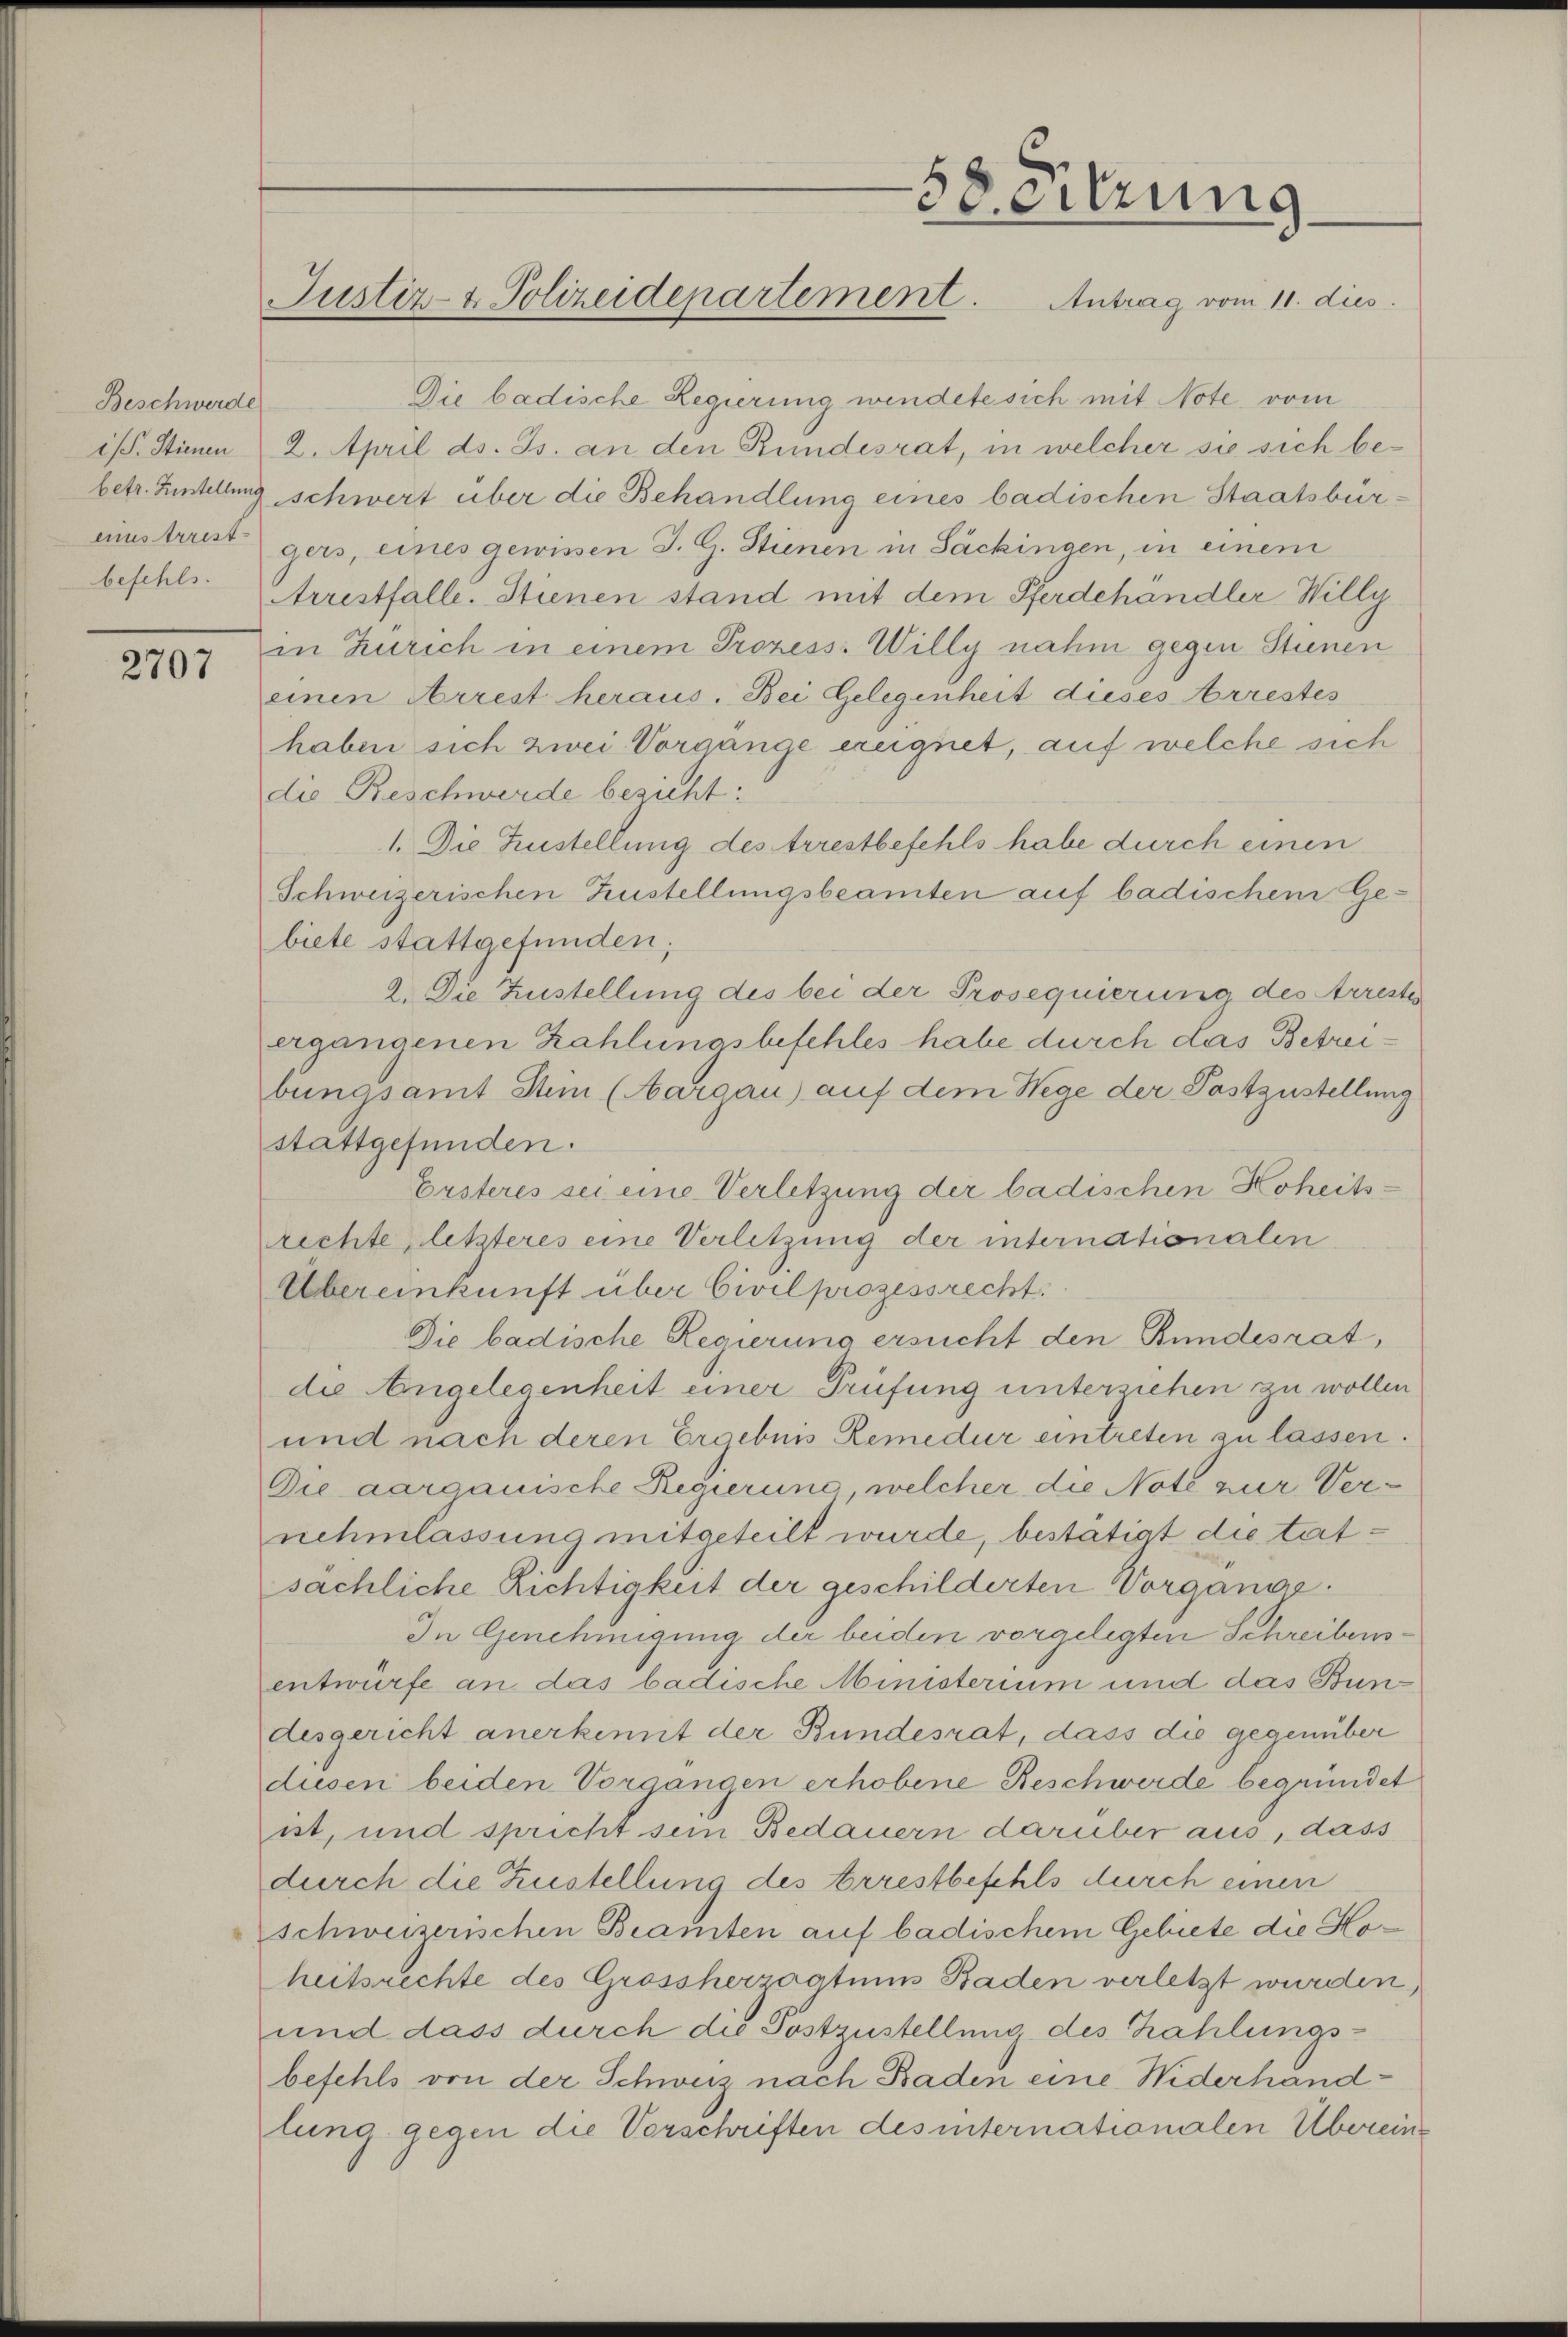
Beschwerde
i/. Stienen
mstrristbefehls.

2707

58 eitzung
Justiz- & Polizeidepartement. Antrag vom 11. dies

Die badische Regierung wendete sich mit Note vom
2. April ds. Js. an den Rundesrat, in welcher sie sich bebetr. Zinstellung schwert über die Behandlung eines badischen Staatsbürgers, eines gewissen J. G. Stienen in Säckingen, in einem
Arrestfälle. Stienen stand mit dem Pferdehändler Willy
in Zürich in einem Prozess: Willy nahm gegen Stienen
einen Arrest heraus. Bei Gelegenheit dieses Arrestes
haben sich zwei Vorgänge ereignet, auf welche sich
die Beschwerde besicht:
1. Die Zustellung des Arrestbefehls habe durch einen
Schweizerischen Zustellungsbeamten auf badischem Ge-
biete stattgefunden;
2. Die Zustellung des bei der Prosequierung des Arreste
ergangenen Zahlungsbefehles habe durch das Betreibungsamt Stim (Aargau) auf dem Wege der Pastzustellung
stattgefunden.
Ersteres sei eine Verletzung der badischen Koheitsrechte, letzteres eine Verletzung der internationalen
Übereinkunft über Civilprozessrecht
Die badische Regierung ersucht den Bundesrat,
die Angelegenheit einer Prüfung untersiehen zu wollen
und nach deren Ergebnis Remedur eintreten zu lassen.
Die aargauische Regierung, welcher die Note zur Vernehmlassung mitgeteilt wurde, bestätigt die tat-
sächliche Richtigkeit der geschilderten Vorgangs¬
In Genehmigung der beiden vorgelegten Schreibensentwürfe an das badische Ministerium und das Bundesgericht anerkennt der Bundesrat, dass die gegenüber
dusen beiden Vorgangen erhobene Beschwerde begründet
ist, und spricht sein Bedauern darüber aus, dass
durch die Zustellung des Arrestbefehls durch einen
schweizerischen Beamten auf badischem Gebiete die Hoheitsrechte des Grossherrostiums Baden verletzt wurden.)
und dass durch die Postzustellung des Zahlungsbefehls von der Schweiz nach Baden eine Niederhandlung gegen die Verschriften des internationalen Überein¬